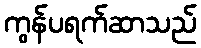
ကွန်ပရက်ဆာသည်